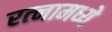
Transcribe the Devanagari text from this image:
रत्‍नामध्ये